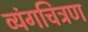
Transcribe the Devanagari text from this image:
व्यंगचित्रण